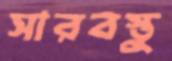
সারবস্তু